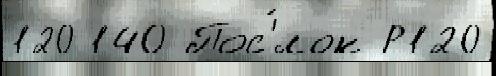
120 140 Пос'́лок Р120